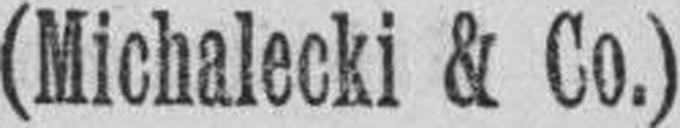
(Michalecki & Co.)